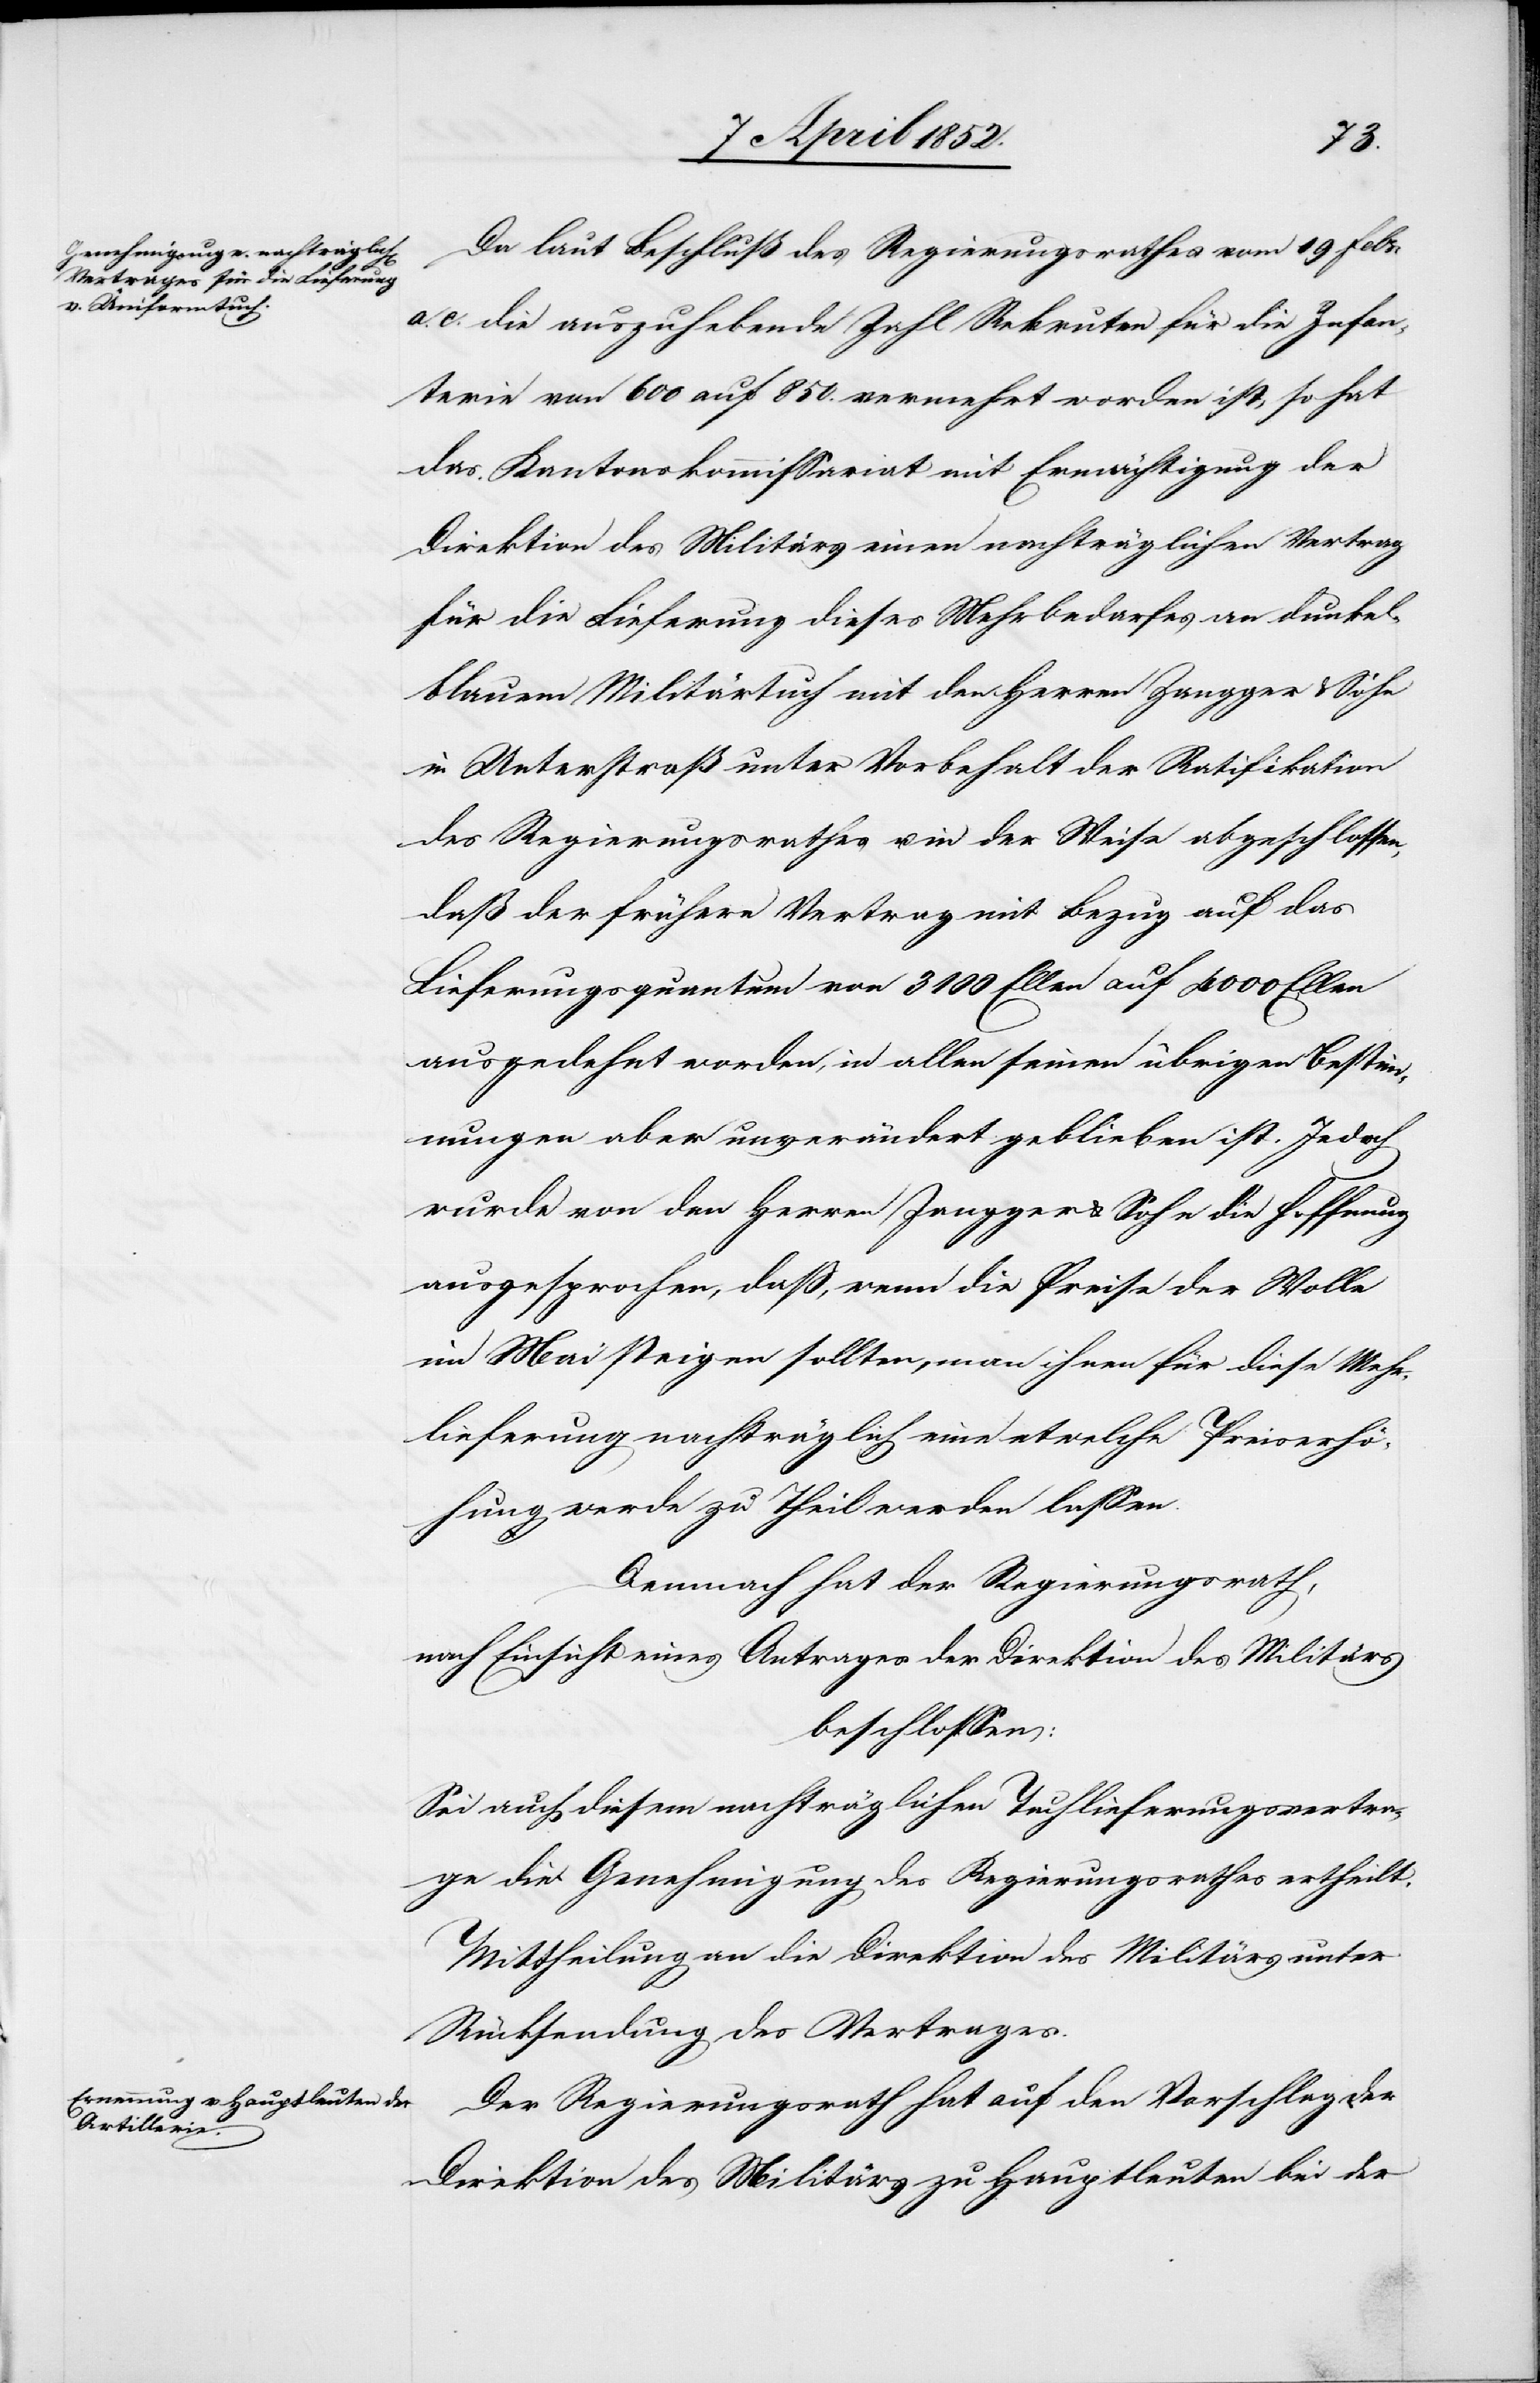
Da laut Beschluß des Regierungsrathes vom 19 Febr:
c. die auszuhebende Zahl Rekruten für die Infan¬
terie von 600 auf 850. vermehrt worden ist, so hat
das Kantonskommissariat mit Ermächtigung der
Direktion des Militärs einen nachträglichen Vertrag
für die Lieferung dieses Mehrbedarfes an dunkel¬
blauem Militärtuch mit den Herren Zangger & Sohn
in Unterstraß unter Vorbehalt der Ratifikation
des Regierungsrathes u. in der Weise abgeschlossen,
daß der frühere Vertrag mit Bezug auf das
Lieferungsquantum von 3100 Ellen auf 4000 Ellen
ausgedehnt worden, in allen seinen übrigen Bestim¬
mungen aber unverändert geblieben ist. Jedoch
wurde von den Herren Zangger & Sohn die Hoffnung
ausgesprochen, daß, wenn die Preise der Wolle
im Mai steigen sollten, man ihnen für diese Mehr¬
lieferung nachträglich eine etwelche Preiserhö¬
hung werde zu Theil werden lassen.
Demnach hat der Regierungsrath,
nach Einsicht eines Antrages der Direktion des Militärs
beschlossen:
Sei auch diesem nachträglichen Tuchlieferungsvertra¬
ge die Genehmigung des Regierungsrathes ertheilt.
Mittheilung an die Direktion des Militärs unter
Rücksendung des Vertrages.
Der Regierungsrath hat auf den Vorschlag der
Direktion des Militärs zu Hauptleuten bei der